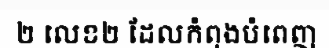
២ លេខ២ ដែលកំពុងបំពេញ